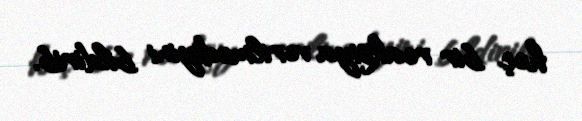
heç bir reaksiya verilmədiyini bildirib.